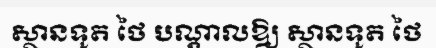
ស្ថានទូត ថៃ បណ្តាលឱ្យ ស្ថានទូត ថៃ